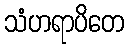
သံဟရာပိတေ